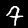
Label: 9